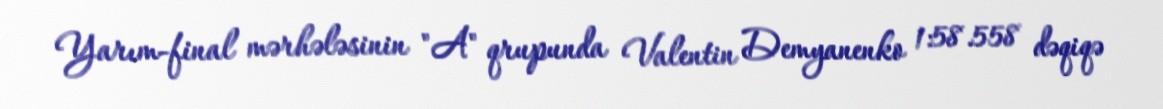
Yarım-final mərhələsinin "A" qrupunda Valentin Demyanenko 1:58.558 dəqiqə